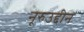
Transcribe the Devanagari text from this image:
नूरुउद्दीन